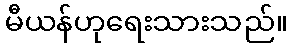
မီယန်ဟုရေးသားသည်။